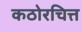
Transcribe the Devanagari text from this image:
कठोरचित्त